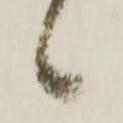
候